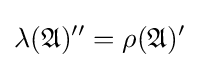
\lambda ({\mathfrak {A}})^{\prime \prime }=\rho ({\mathfrak {A}})^{\prime }